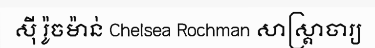
ស៊ី រ៉ូចម៉ាន់ Chelsea Rochman សាស្ត្រាចារ្យ